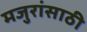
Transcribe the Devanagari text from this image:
मजुरांसाठी